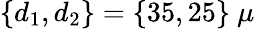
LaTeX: \{ d_{1},d_{2}\} =\{ 35,25\} \ \mu